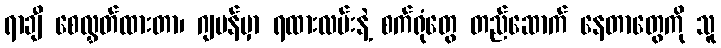
ရာချီ စေလွှတ်ထားတာ၊ ဂျပန်မှာ ရထားလမ်းနဲ့ စက်ရုံတွေ တည်ဆောက် နေတာတွေကို သူ